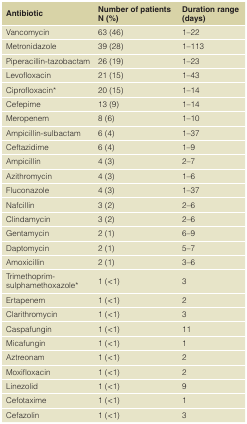
| Antibiotic | Number of patientsN (%) | Duration range(days) |
 | --- | --- | --- |
 | Vancomycin | 63 (46) | 1–22 |
 | Metronidazole | 39 (28) | 1–113 |
 | Piperacillin-tazobactam | 26 (19) | 1–23 |
 | Levofloxacin | 21 (15) | 1–43 |
 | Ciprofloxacin* | 20 (15) | 1–14 |
 | Cefepime | 13 (9) | 1–14 |
 | Meropenem | 8 (6) | 1–10 |
 | Ampicillin-sulbactam | 6 (4) | 1–37 |
 | Ceftazidime | 6 (4) | 1–9 |
 | Ampicillin | 4 (3) | 2–7 |
 | Azithromycin | 4 (3) | 1–6 |
 | Fluconazole | 4 (3) | 1–37 |
 | Nafcillin | 3 (2) | 2–6 |
 | Clindamycin | 3 (2) | 2–6 |
 | Gentamycin | 2 (1) | 6–9 |
 | Daptomycin | 2 (1) | 5–7 |
 | Amoxicillin | 2 (1) | 3–6 |
 | Trimethoprim-sulphamethoxazole* | 1 (<1) | 3 |
 | Ertapenem | 1 (<1) | 2 |
 | Clarithromycin | 1 (<1) | 3 |
 | Caspafungin | 1 (<1) | 11 |
 | Micafungin | 1 (<1) | 1 |
 | Aztreonam | 1 (<1) | 2 |
 | Moxifloxacin | 1 (<1) | 2 |
 | Linezolid | 1 (<1) | 9 |
 | Cefotaxime | 1 (<1) | 1 |
 | Cefazolin | 1 (<1) | 3 |